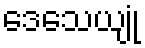
ဒေသေယျုံ